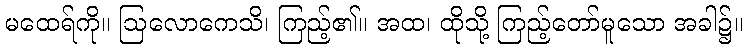
မထေရ်ကို။ ဩလောကေသိ၊ ကြည့်၏။ အထ၊ ထိုသို့ ကြည့်တော်မူသော အခါ၌။